Senior Leaving Certificate, 1943, 1943
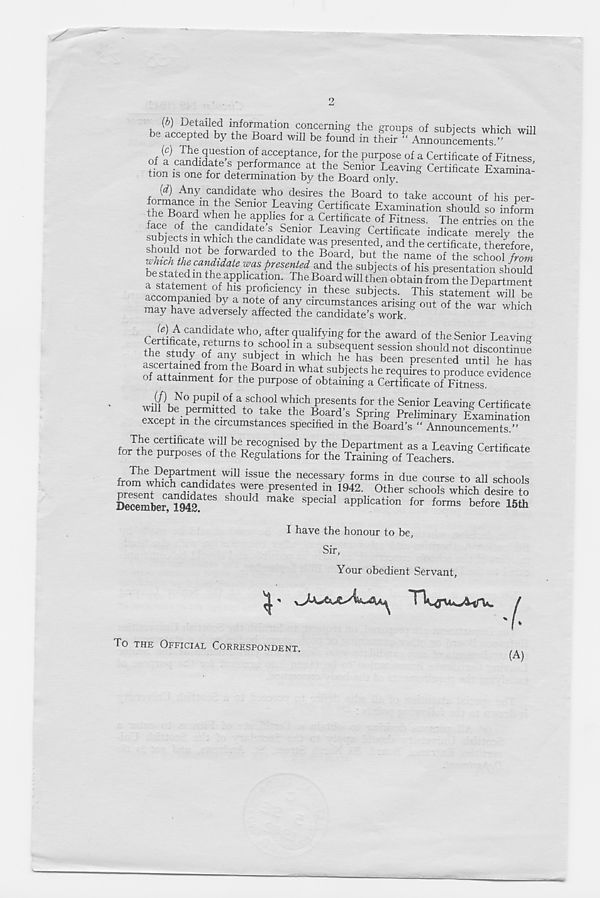
be ( acceDtedb d v i tffR at H n
the g™ups of subjects which will
acce P ted b Y the Board will be found m their “ Announcements/’
f ^ 1 be question of acceptance, for the purpose of a Certificate of Fitness
of a candidate s performance at the Senior Leavinp- Certificate Examina ’
tion is one for determination by the Board only. §
Examma-
(d) Any candidate who desires the Board to take account of his per-
formance m the Senior Leaving Certificate Examination should so inform
the Board when he applies for a Certificate of Fitness. The entries on th^
ace of the candidate’s Senior Leaving Certificate indicate merely the
shouH tS n 1 nt'h hlC f h ‘ ^ C f n , dldat '; was presented, and the certificate, therefore
,. u , d not be forwarded to the Board, but the name of the school from
ynchtbe candidate was presented and the subjects of his presentation should
a statement oyhis’^fi 0 ”' The . Board wiH then ob tain from the Department
accomD^d hA n P ? fiC1
f
enCY m theSC sub iects. This statement will be
accompanied by a note of any circumstances arising out of the war which
may have adversely affected the candidate's work.
r /LC C , andidate w b°’ afte r qualifying for the award of the Senior Leaving
e tificate, returns to school in a subsequent session should not discontinue
ascerteinedfrom the U R JeC H m T hi . ch b e has been Presented until he has
“ ned fr ,°“ the Board m what subjects he requires to produce evidence
of attainment for the purpose of obtaining a Certificate of Fitness.
(/) No pupil of a school which presents for the Senior Leaving Certificate
will be permitted to take the Board’s Spring Preliminary Examination
except in the circumstances specified in the Board’s “ Announcements.”
The certificate will be recognised by the Department as a Leaving Certificate
lor the purposes of the Regulations for the Training of Teachers.
The Department will issue the necessary forms in due course to all schools
present ctndhiates^sh
pre . sented i" 1942 - Other schools which desire to
December, 1942?
h
M make speclal aPPhcation for forms before 15th
I have the honour to be,
Sir,
Your obedient Servant,
'l'
To THE OFFICIAL CORRESPONDENT.
(A)